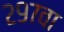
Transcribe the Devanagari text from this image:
२९७वा